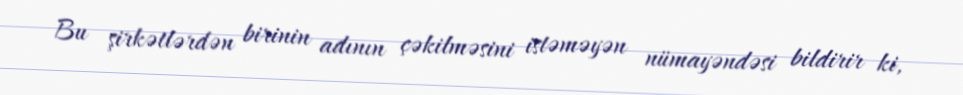
Bu şirkətlərdən birinin adının çəkilməsini istəməyən nümayəndəsi bildirir ki,